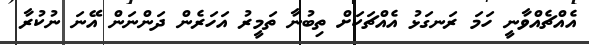
އެއްޗެއްވާނީ ހަމަ ރަނގަޅު އެއްޗަކަށް ތިބުނާ ތަމީރު އަހަރެން ދަންނަން އޭނަ ނުކުރާ